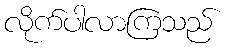
လိုက်ပါလာကြသည်